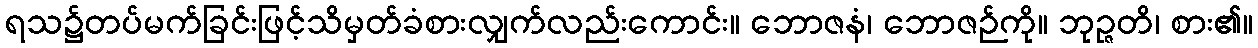
ရသ၌တပ်မက်ခြင်းဖြင့်သိမှတ်ခံစားလျှက်လည်းကောင်း။ ဘောဇနံ၊ ဘောဇဉ်ကို။ ဘုဉ္ဇတိ၊ စား၏။